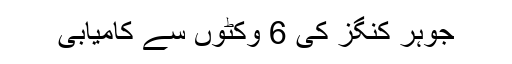
جوہر کنگز کی 6 وکٹوں سے کامیابی